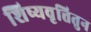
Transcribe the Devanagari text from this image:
शिष्यवृत्तितुन